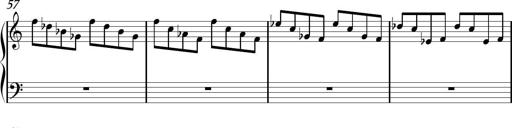
Title: Sonhatina
Composer: Davi Rocha
Key: C major